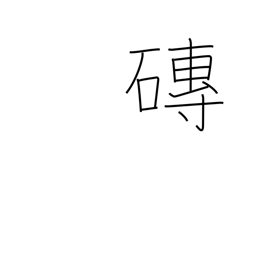
Meaning: tile